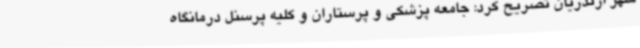
شهر ازندریان تصریح کرد: جامعه پزشکی و پرستاران و کلیه پرسنل درمانگاه